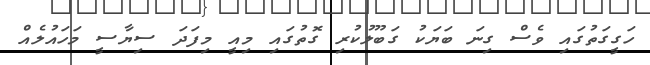
ހަގީގަތުގައި ވެސް ގިނަ ބަޔަކު ގަބޫލުކުރި ގޮތުގައި މިއީ މިފަދަ ސިޔާސީ މަހައުލެއް